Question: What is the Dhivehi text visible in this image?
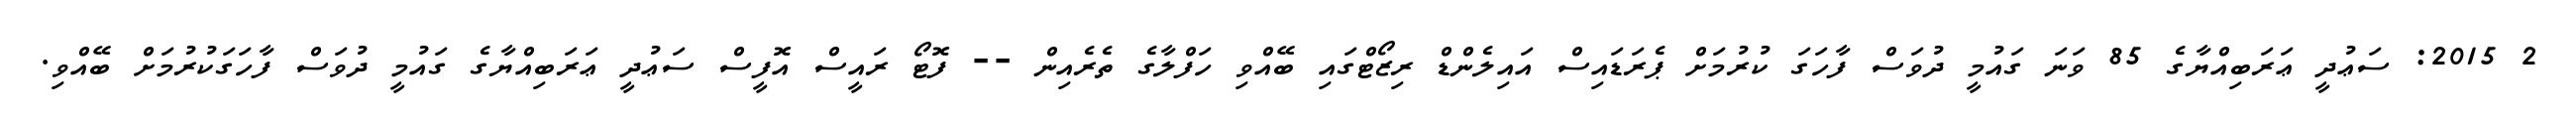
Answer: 2 2015: ސަޢުދީ ޢަރަބިއްޔާގެ 85 ވަނަ ގައުމީ ދުވަސް ފާހަގަ ކުރުމަށް ޕެރަޑައިސް އައިލެންޑް ރިޒޯޓްގައި ބޭއްވި ހަފްލާގެ ތެރެއިން -- ފޮޓޯ ރައީސް އޮފީސް ސަޢުދީ ޢަރަބިއްޔާގެ ގައުމީ ދުވަސް ފާހަގަކުރުމަށް ބޭއްވި.